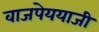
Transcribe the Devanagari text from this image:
वाजपेययाजी